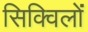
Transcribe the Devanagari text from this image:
सिक्विलों